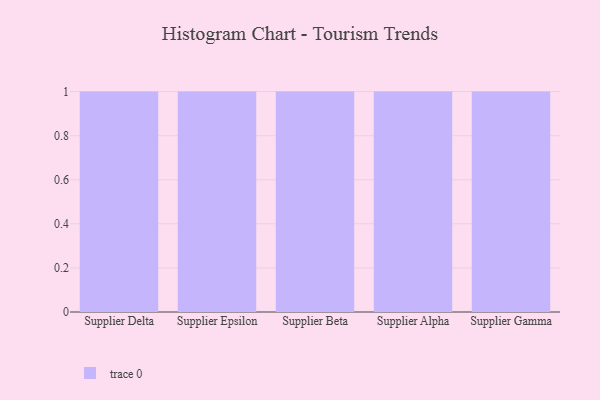
{"axis": {"x": "Supplier", "y": "Waste Production (Tons)"}, "legend": [""], "data": [{"x": "Supplier Delta", "y": 47, "type": ""}, {"x": "Supplier Epsilon", "y": 55, "type": ""}, {"x": "Supplier Beta", "y": 28, "type": ""}, {"x": "Supplier Alpha", "y": 78, "type": ""}, {"x": "Supplier Gamma", "y": 54, "type": ""}]}